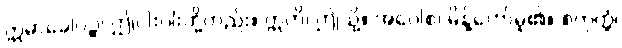
ဣမာခေါပဉ္စ၊ ဤငါးပါးတို့တည်း။ ဣတိ၊ ဤသို့။ အဝေါစ၊ မိန့်တော်မူ၏။ စတုတ္ထံ၊